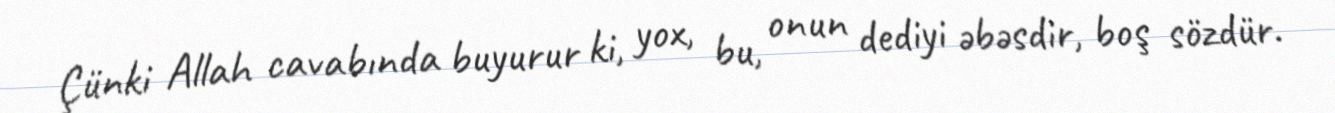
Çünki Allah cavabında buyurur ki, yox, bu, onun dediyi əbəsdir, boş sözdür.